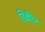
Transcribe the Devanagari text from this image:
डिक्रीट